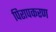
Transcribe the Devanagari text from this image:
पिरापकरण